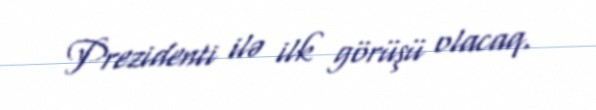
Prezidenti ilə ilk görüşü olacaq.